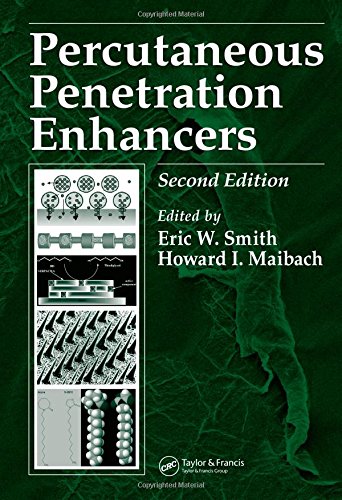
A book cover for Percutaneous Penetration Enhancers, Second Edition; Medical Books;